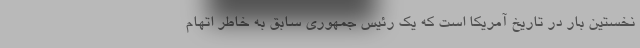
نخستین بار در تاریخ آمریکا است که یک رئیس جمهوری سابق به خاطر اتهام